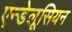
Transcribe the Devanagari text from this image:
एन्डेलूसियन